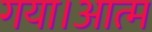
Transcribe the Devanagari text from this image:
गया।आत्म